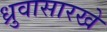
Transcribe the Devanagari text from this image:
ध्रुवासारखे